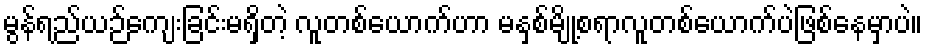
မွန်ရည်ယဉ်ကျေးခြင်းမရှိတဲ့ လူတစ်ယောက်ဟာ မနှစ်မျို့စရာလူတစ်ယောက်ပဲဖြစ်နေမှာပဲ။